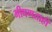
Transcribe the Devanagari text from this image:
भीषणताही